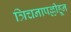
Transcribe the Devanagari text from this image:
त्रिचनापल्लीहून